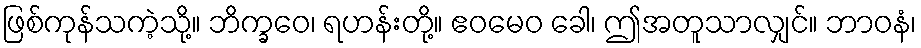
ဖြစ်ကုန်သကဲ့သို့။ ဘိက္ခဝေ၊ ရဟန်းတို့။ ဧဝမေဝ ခေါ၊ ဤအတူသာလျှင်။ ဘာဝနံ၊